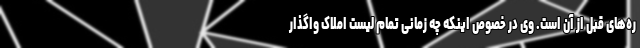
ره‌های قبل از آن است. وی در خصوص اینکه چه زمانی تمام لیست املاک واگذار